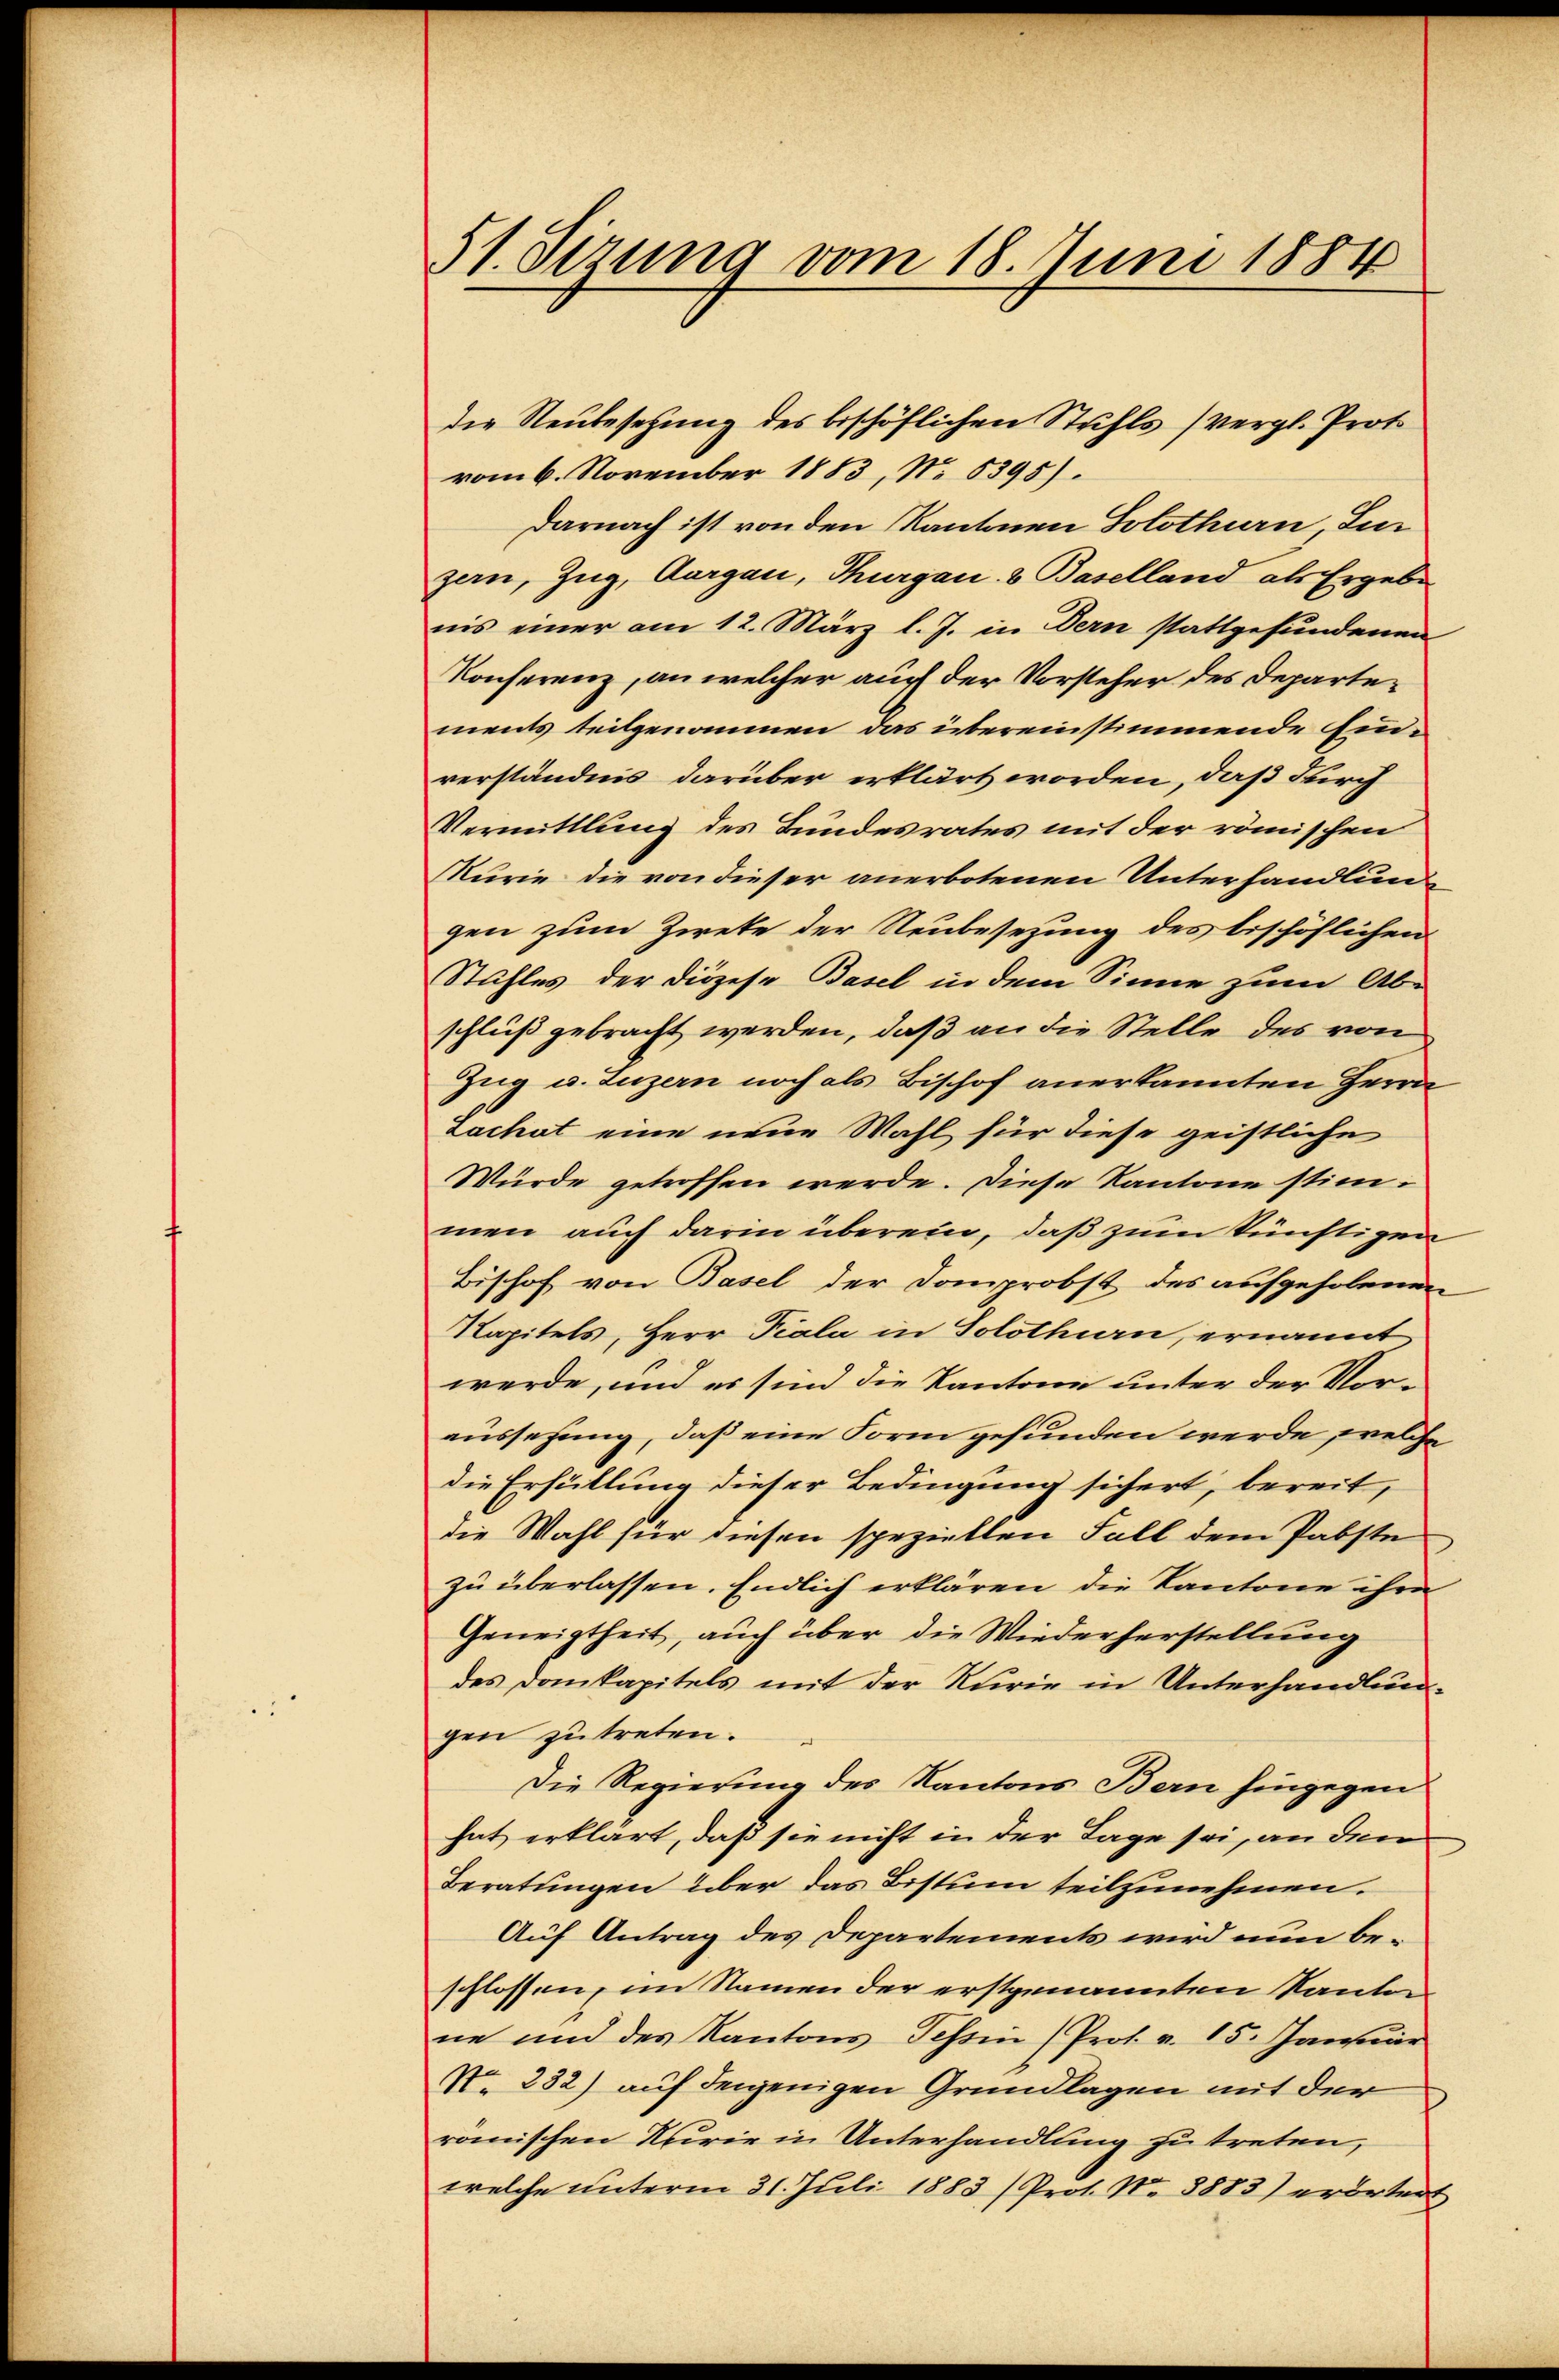
51. Sizung vom 18. Juni 1884

die Neubesetzung des beschöflichen Stuhls (vergl. Proto
vom 6. November 1883, No 6395).
Darnach ist von den Kantonen Solothurn, Lu
zern, Zug, Aargau, Thurgau & Baselland als Ergebe
nis einer am 12. März l. J. in Dern stattgefundenen
Konferenz, an welcher auch der Vorsteher des Departements teilgenommen das übereinstimmende Ein-
verständnis darüber erklärt worden, daß durch
Vermittlung des Bundesrates mit der römischen
Murie die von dieser anerbotenen Unterhandlungen zum Zirke der Neubesezung des beschöflichen
Stuhles der Diözese Basel in dem Sinne zum Ab-
schluß gebracht werden, daß an die Stelle des von
Zug u. Luzern noch als Bischof anerkannten Herrn
Lachat eine neue Wahl für diese geistliche
Würde getroffen werde. Diese Kantone stimmen auch darin überein, daß zum künstigen
Bischof von Basel der Domprobst des aufgeholenen
Kapitels, Herr Piala in Solothurn, ernannt
werde, und es sind die Kantone unter der Voraussehung, daß eine Form gefunden werde, welche
die Erfüllung dieser Bedingung sichert, bereit,
die Wahl für diesen speziellen Fall dem Pabste,
zu überlassen. Endlich erklären, die Kantone ihre
Geneigtheit, auch über die Wiederherstellung
des Domkapitels mit der Kurie in Unterhandlungen zutreten.
Die Regierung des Kantons Bern hingegen
hat erklärt, daß sie nicht in der Tage sei, an den
Beratungen über das Bistum teilzunehmen.
Auf Antrag des Departements wird nun beschlossen, im Namen der erstgenannten Kanton
ne und des Kantons Tessin (Prot. v. 15. Januar
No. 232) auf denjenigen Grundlagen mit der
romischen Kurie in Unterhandlung zu treten,
welche unterm 31. Juli 1883 /Prot. No 8883) erörtert